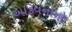
એકિવનાનો